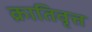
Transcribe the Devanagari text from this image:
क्रातिवृत्त